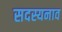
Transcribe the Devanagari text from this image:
सदस्यनाव